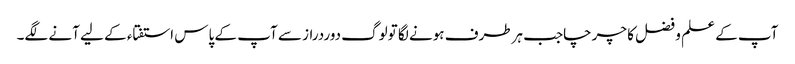
آپ کے علم و فضل کا چرچاجب ہرطرف ہونے لگا تولوگ دوردراز سے آپ کے پاس استفتاء کے لیے آنے لگے۔